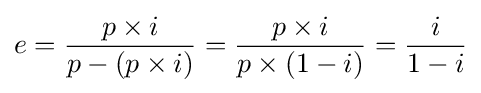
e={\frac {p\times i}{p-(p\times i)}}={\frac {p\times i}{p\times (1-i)}}={\frac {i}{1-i}}